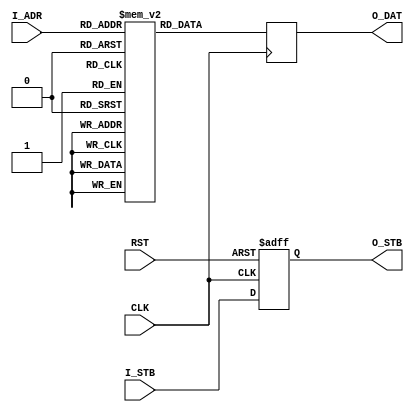
/*
* Copyright 2018-2022 F4PGA Authors
*
* Licensed under the Apache License, Version 2.0 (the "License");
* you may not use this file except in compliance with the License.
* You may obtain a copy of the License at
*
*     http://www.apache.org/licenses/LICENSE-2.0
*
* Unless required by applicable law or agreed to in writing, software
* distributed under the License is distributed on an "AS IS" BASIS,
* WITHOUT WARRANTIES OR CONDITIONS OF ANY KIND, either express or implied.
* See the License for the specific language governing permissions and
* limitations under the License.
*
* SPDX-License-Identifier: Apache-2.0
*/
module rom #
(
parameter  ROM_SIZE_BITS = 9 // Size in 32-bit words
)
(
// Closk & reset
input  wire CLK,
input  wire RST,

// ROM interface
input  wire                     I_STB,
input  wire [ROM_SIZE_BITS-1:0] I_ADR,

output wire         O_STB,
output wire [31:0]  O_DAT
);

// ============================================================================
localparam ROM_SIZE = (1<<ROM_SIZE_BITS);

reg [31:0] rom [0:ROM_SIZE-1];

reg        rom_stb;
reg [31:0] rom_dat;

always @(posedge CLK)
    rom_dat <= rom[I_ADR];

always @(posedge CLK or posedge RST)
    if (RST) rom_stb <= 1'd0;
    else     rom_stb <= I_STB;

assign O_STB = rom_stb;
assign O_DAT = rom_dat;

// ============================================================================

initial begin
    rom['h0000] <= 32'hCE3DCB47;
    rom['h0001] <= 32'h07882CB6;
    rom['h0002] <= 32'h0092A9F4;
    rom['h0003] <= 32'h13B944BD;
    rom['h0004] <= 32'h1DCC3AA1;
    rom['h0005] <= 32'h7CC72FA4;
    rom['h0006] <= 32'h0636E9DF;
    rom['h0007] <= 32'h6099A592;
    rom['h0008] <= 32'h5EB5DA9F;
    rom['h0009] <= 32'hC44C70B0;
    rom['h000A] <= 32'h71FFD8D1;
    rom['h000B] <= 32'h810086EB;
    rom['h000C] <= 32'hCD0C0B22;
    rom['h000D] <= 32'hC94E18C2;
    rom['h000E] <= 32'h80D116A5;
    rom['h000F] <= 32'hD2C5CBAD;
    rom['h0010] <= 32'h93E5714E;
    rom['h0011] <= 32'hC52553A6;
    rom['h0012] <= 32'h5E8B3EE2;
    rom['h0013] <= 32'h1C3ADDB1;
    rom['h0014] <= 32'h45DC4439;
    rom['h0015] <= 32'h1CD7F52E;
    rom['h0016] <= 32'h7133663C;
    rom['h0017] <= 32'hE9EA04E8;
    rom['h0018] <= 32'h7B8F1A56;
    rom['h0019] <= 32'h6C132A71;
    rom['h001A] <= 32'h3F49CC79;
    rom['h001B] <= 32'hF9F38271;
    rom['h001C] <= 32'h1E76856B;
    rom['h001D] <= 32'h3FC69E73;
    rom['h001E] <= 32'h824FE66C;
    rom['h001F] <= 32'h1D30645C;
    rom['h0020] <= 32'hC6040B31;
    rom['h0021] <= 32'h5A7C18BB;
    rom['h0022] <= 32'hBA50B07C;
    rom['h0023] <= 32'hE446BEB1;
    rom['h0024] <= 32'hBAB009EF;
    rom['h0025] <= 32'h2F343A25;
    rom['h0026] <= 32'hB2D25DC9;
    rom['h0027] <= 32'h128D80B8;
    rom['h0028] <= 32'h56AAAFC5;
    rom['h0029] <= 32'h4088AFD4;
    rom['h002A] <= 32'hA2C59FC0;
    rom['h002B] <= 32'h605210E2;
    rom['h002C] <= 32'hBA37B776;
    rom['h002D] <= 32'hF2EE8426;
    rom['h002E] <= 32'hA0C26CBD;
    rom['h002F] <= 32'hEB736308;
    rom['h0030] <= 32'h22A96994;
    rom['h0031] <= 32'hD77C1E20;
    rom['h0032] <= 32'h45D63F30;
    rom['h0033] <= 32'h52B894B2;
    rom['h0034] <= 32'h727120E4;
    rom['h0035] <= 32'h6FF3CC13;
    rom['h0036] <= 32'hDD7ABC25;
    rom['h0037] <= 32'hDC9FEEB2;
    rom['h0038] <= 32'hCE498077;
    rom['h0039] <= 32'h0DD145F9;
    rom['h003A] <= 32'hD7CED8C3;
    rom['h003B] <= 32'hB9E011E4;
    rom['h003C] <= 32'h0C5B69E7;
    rom['h003D] <= 32'h21E6D6A2;
    rom['h003E] <= 32'hFFF0A99B;
    rom['h003F] <= 32'h14069D90;
    rom['h0040] <= 32'h856492B9;
    rom['h0041] <= 32'hC74D2B1E;
    rom['h0042] <= 32'h6CB09264;
    rom['h0043] <= 32'hD7BA7E46;
    rom['h0044] <= 32'h29B2B97F;
    rom['h0045] <= 32'hE311BDA9;
    rom['h0046] <= 32'h134C3C9A;
    rom['h0047] <= 32'hB344D4CC;
    rom['h0048] <= 32'h5E8BF53F;
    rom['h0049] <= 32'hD825CF79;
    rom['h004A] <= 32'h6EAE8AFE;
    rom['h004B] <= 32'hA4ADA03F;
    rom['h004C] <= 32'hB0197C99;
    rom['h004D] <= 32'hC8D5C86E;
    rom['h004E] <= 32'hEF713B63;
    rom['h004F] <= 32'h58BD4976;
    rom['h0050] <= 32'h58E4E2FA;
    rom['h0051] <= 32'hEF87CDA1;
    rom['h0052] <= 32'hC031E109;
    rom['h0053] <= 32'hDF3D9DEB;
    rom['h0054] <= 32'hB6BD710B;
    rom['h0055] <= 32'h08FDC499;
    rom['h0056] <= 32'hC190802C;
    rom['h0057] <= 32'h93013AA8;
    rom['h0058] <= 32'h2387EF90;
    rom['h0059] <= 32'h79E85EED;
    rom['h005A] <= 32'h2DCD394F;
    rom['h005B] <= 32'h38EBC05B;
    rom['h005C] <= 32'h22405C89;
    rom['h005D] <= 32'h71C52D02;
    rom['h005E] <= 32'h7AAAD284;
    rom['h005F] <= 32'h2E94F394;
    rom['h0060] <= 32'h2177192B;
    rom['h0061] <= 32'h5ABF33EE;
    rom['h0062] <= 32'h040596E0;
    rom['h0063] <= 32'h3F3EB2DD;
    rom['h0064] <= 32'hD9E53448;
    rom['h0065] <= 32'h5A4F17D4;
    rom['h0066] <= 32'h99E080EE;
    rom['h0067] <= 32'h03383C42;
    rom['h0068] <= 32'hCAA8C8C2;
    rom['h0069] <= 32'hCA5F7011;
    rom['h006A] <= 32'hA4FBB5AD;
    rom['h006B] <= 32'h50CF592D;
    rom['h006C] <= 32'h551EAEFF;
    rom['h006D] <= 32'h253D6252;
    rom['h006E] <= 32'hEEE469AB;
    rom['h006F] <= 32'h97302B2D;
    rom['h0070] <= 32'h206D4366;
    rom['h0071] <= 32'h4EC577D0;
    rom['h0072] <= 32'h07543E1E;
    rom['h0073] <= 32'h5AE150D1;
    rom['h0074] <= 32'h7573920C;
    rom['h0075] <= 32'h5B0A024A;
    rom['h0076] <= 32'h4AAF463F;
    rom['h0077] <= 32'hEBE34613;
    rom['h0078] <= 32'h62F4366D;
    rom['h0079] <= 32'h4FDC1063;
    rom['h007A] <= 32'hEA997324;
    rom['h007B] <= 32'h2F1EAE8A;
    rom['h007C] <= 32'hEC9BA9DE;
    rom['h007D] <= 32'h23591D5D;
    rom['h007E] <= 32'hD03B2C9B;
    rom['h007F] <= 32'h45C58E1C;
    rom['h0080] <= 32'hC7BE6DC3;
    rom['h0081] <= 32'h95E40CE3;
    rom['h0082] <= 32'hC5D5DB86;
    rom['h0083] <= 32'hA0CEB58D;
    rom['h0084] <= 32'h9E4AFBD1;
    rom['h0085] <= 32'hCFF63CF3;
    rom['h0086] <= 32'hF7A864C0;
    rom['h0087] <= 32'h4A9AE1E3;
    rom['h0088] <= 32'h182A6B1C;
    rom['h0089] <= 32'h4E9CE824;
    rom['h008A] <= 32'hEE86BF61;
    rom['h008B] <= 32'h0B37373A;
    rom['h008C] <= 32'h6418596B;
    rom['h008D] <= 32'hE29A44DA;
    rom['h008E] <= 32'hF6B42967;
    rom['h008F] <= 32'hB9D9C0AD;
    rom['h0090] <= 32'h6B5CE3A8;
    rom['h0091] <= 32'h6CBCB764;
    rom['h0092] <= 32'hA57EB261;
    rom['h0093] <= 32'h5470230A;
    rom['h0094] <= 32'hF8216CE6;
    rom['h0095] <= 32'hA150950D;
    rom['h0096] <= 32'h6FC5CA08;
    rom['h0097] <= 32'h26193C52;
    rom['h0098] <= 32'h84E1D60D;
    rom['h0099] <= 32'hF33E868D;
    rom['h009A] <= 32'h44E668DD;
    rom['h009B] <= 32'h8430441F;
    rom['h009C] <= 32'hC221DEE0;
    rom['h009D] <= 32'h4552E4B6;
    rom['h009E] <= 32'hBE9A17FE;
    rom['h009F] <= 32'hCE04CB35;
    rom['h00A0] <= 32'h873B9726;
    rom['h00A1] <= 32'hCBD67AF7;
    rom['h00A2] <= 32'hD2A10712;
    rom['h00A3] <= 32'hA2F35436;
    rom['h00A4] <= 32'h08D9BC9D;
    rom['h00A5] <= 32'hBBC3558E;
    rom['h00A6] <= 32'h1CE34C1B;
    rom['h00A7] <= 32'h29D81B92;
    rom['h00A8] <= 32'h59D1F498;
    rom['h00A9] <= 32'hCEC87CD3;
    rom['h00AA] <= 32'hA278DE7F;
    rom['h00AB] <= 32'hC2DA00E3;
    rom['h00AC] <= 32'hF8D4809B;
    rom['h00AD] <= 32'h2586F469;
    rom['h00AE] <= 32'hE5D9A78F;
    rom['h00AF] <= 32'h96818BC3;
    rom['h00B0] <= 32'hD3B98A4D;
    rom['h00B1] <= 32'h1F5D6347;
    rom['h00B2] <= 32'h1D041420;
    rom['h00B3] <= 32'hD7FE7946;
    rom['h00B4] <= 32'hD8723B6D;
    rom['h00B5] <= 32'h70E870EB;
    rom['h00B6] <= 32'h6E49EBBF;
    rom['h00B7] <= 32'hD98EB8A3;
    rom['h00B8] <= 32'h5D52BF45;
    rom['h00B9] <= 32'h386C9C06;
    rom['h00BA] <= 32'hA85CCB3C;
    rom['h00BB] <= 32'hF6369A32;
    rom['h00BC] <= 32'h7F51C734;
    rom['h00BD] <= 32'h5B309426;
    rom['h00BE] <= 32'hD43F05CA;
    rom['h00BF] <= 32'h04CF148C;
    rom['h00C0] <= 32'h07770DC4;
    rom['h00C1] <= 32'h6487AC39;
    rom['h00C2] <= 32'h4AEE4BF9;
    rom['h00C3] <= 32'h672580D4;
    rom['h00C4] <= 32'hF360804B;
    rom['h00C5] <= 32'hC5C7915B;
    rom['h00C6] <= 32'h45925C06;
    rom['h00C7] <= 32'h1D52F1F4;
    rom['h00C8] <= 32'h3AA9B53A;
    rom['h00C9] <= 32'hBC478FD6;
    rom['h00CA] <= 32'hA294E876;
    rom['h00CB] <= 32'h8A878DA7;
    rom['h00CC] <= 32'hC28EB186;
    rom['h00CD] <= 32'h19A88DA1;
    rom['h00CE] <= 32'h61C5122A;
    rom['h00CF] <= 32'h74E48D70;
    rom['h00D0] <= 32'hA7057D26;
    rom['h00D1] <= 32'hBA1A9FB7;
    rom['h00D2] <= 32'h661571B0;
    rom['h00D3] <= 32'hE92234B4;
    rom['h00D4] <= 32'h71FDF1D6;
    rom['h00D5] <= 32'hFDCE1E6F;
    rom['h00D6] <= 32'h63D340B2;
    rom['h00D7] <= 32'h6C2C52DC;
    rom['h00D8] <= 32'hFEE754A9;
    rom['h00D9] <= 32'h363229E4;
    rom['h00DA] <= 32'h37A7DF2B;
    rom['h00DB] <= 32'h9E54829D;
    rom['h00DC] <= 32'h8CED1324;
    rom['h00DD] <= 32'h845FEC8D;
    rom['h00DE] <= 32'hD1A8EDBF;
    rom['h00DF] <= 32'hDBF3CCB3;
    rom['h00E0] <= 32'hB387ACD2;
    rom['h00E1] <= 32'h4329D4C6;
    rom['h00E2] <= 32'h56CFB38A;
    rom['h00E3] <= 32'hBEEE4323;
    rom['h00E4] <= 32'hC6BF02FD;
    rom['h00E5] <= 32'hFB518C7F;
    rom['h00E6] <= 32'hE8D4CA92;
    rom['h00E7] <= 32'h4FA664CA;
    rom['h00E8] <= 32'h8617993C;
    rom['h00E9] <= 32'hBE35A2BD;
    rom['h00EA] <= 32'hBAF88C40;
    rom['h00EB] <= 32'h97281344;
    rom['h00EC] <= 32'hF4FC0857;
    rom['h00ED] <= 32'h18502BB5;
    rom['h00EE] <= 32'h802CF03E;
    rom['h00EF] <= 32'hCE0F60C7;
    rom['h00F0] <= 32'h23075872;
    rom['h00F1] <= 32'hFBD5EC33;
    rom['h00F2] <= 32'hC8642089;
    rom['h00F3] <= 32'hD6E69334;
    rom['h00F4] <= 32'h3089A6D1;
    rom['h00F5] <= 32'h743B3678;
    rom['h00F6] <= 32'h58DF6E7D;
    rom['h00F7] <= 32'h67932CEC;
    rom['h00F8] <= 32'h39D6A5E7;
    rom['h00F9] <= 32'h68BCC94C;
    rom['h00FA] <= 32'h6CE374CF;
    rom['h00FB] <= 32'h9E4C3229;
    rom['h00FC] <= 32'h8DF4F042;
    rom['h00FD] <= 32'h2AD69C1D;
    rom['h00FE] <= 32'h8E060C4D;
    rom['h00FF] <= 32'h531BA19B;
    rom['h0100] <= 32'h2C232DA6;
    rom['h0101] <= 32'hFD393EF6;
    rom['h0102] <= 32'h5A593FA8;
    rom['h0103] <= 32'hE4F7F59F;
    rom['h0104] <= 32'hC1FDD9D2;
    rom['h0105] <= 32'h854AB286;
    rom['h0106] <= 32'hA6C6D37F;
    rom['h0107] <= 32'h2B681256;
    rom['h0108] <= 32'h1AC19A1B;
    rom['h0109] <= 32'h2090DCB3;
    rom['h010A] <= 32'hF8D91B09;
    rom['h010B] <= 32'hD880646F;
    rom['h010C] <= 32'hFA0E8F96;
    rom['h010D] <= 32'h887BC762;
    rom['h010E] <= 32'hBA3E8829;
    rom['h010F] <= 32'h80E2E59F;
    rom['h0110] <= 32'h6479E7E1;
    rom['h0111] <= 32'hD378D2CC;
    rom['h0112] <= 32'h41EDCA0F;
    rom['h0113] <= 32'hE0EF7454;
    rom['h0114] <= 32'h46EF2A92;
    rom['h0115] <= 32'h2967F591;
    rom['h0116] <= 32'hAB7CC627;
    rom['h0117] <= 32'h44C393EE;
    rom['h0118] <= 32'h6BC3962B;
    rom['h0119] <= 32'h24D6979D;
    rom['h011A] <= 32'h1E5573D7;
    rom['h011B] <= 32'h58B432FB;
    rom['h011C] <= 32'hFFCA748C;
    rom['h011D] <= 32'h3E54DAE1;
    rom['h011E] <= 32'h59F26B16;
    rom['h011F] <= 32'h9D322226;
    rom['h0120] <= 32'h5A8A1580;
    rom['h0121] <= 32'h493E4392;
    rom['h0122] <= 32'h3E8C743C;
    rom['h0123] <= 32'hFF90AFBD;
    rom['h0124] <= 32'h02FA0B20;
    rom['h0125] <= 32'h2F704D81;
    rom['h0126] <= 32'h05345A6E;
    rom['h0127] <= 32'hC004DAAC;
    rom['h0128] <= 32'h6F616D41;
    rom['h0129] <= 32'h6A6AE1DE;
    rom['h012A] <= 32'h21D4D696;
    rom['h012B] <= 32'h335B758D;
    rom['h012C] <= 32'h6C403126;
    rom['h012D] <= 32'hD76C936A;
    rom['h012E] <= 32'hEC23F0AD;
    rom['h012F] <= 32'h4DEFAFE1;
    rom['h0130] <= 32'h12021810;
    rom['h0131] <= 32'h9783D7A1;
    rom['h0132] <= 32'h1C9DE2F3;
    rom['h0133] <= 32'h5163CE8F;
    rom['h0134] <= 32'h3EDCF679;
    rom['h0135] <= 32'hBA61AA67;
    rom['h0136] <= 32'hE0E56699;
    rom['h0137] <= 32'h32CA0251;
    rom['h0138] <= 32'hE885EE13;
    rom['h0139] <= 32'hA02B7920;
    rom['h013A] <= 32'h5D171E66;
    rom['h013B] <= 32'h62249DE5;
    rom['h013C] <= 32'h10B37D3E;
    rom['h013D] <= 32'hC16F999D;
    rom['h013E] <= 32'h5DCE4224;
    rom['h013F] <= 32'h116E50EE;
    rom['h0140] <= 32'h750E1469;
    rom['h0141] <= 32'h841D7210;
    rom['h0142] <= 32'h69E94EF6;
    rom['h0143] <= 32'h430097F3;
    rom['h0144] <= 32'h0C251ECB;
    rom['h0145] <= 32'h54FA0AAB;
    rom['h0146] <= 32'hAF6A4A2B;
    rom['h0147] <= 32'h4732EE08;
    rom['h0148] <= 32'hDFB70C84;
    rom['h0149] <= 32'hF678B7F4;
    rom['h014A] <= 32'h22398E8B;
    rom['h014B] <= 32'h8293F3AC;
    rom['h014C] <= 32'hE5126CF0;
    rom['h014D] <= 32'h5461908A;
    rom['h014E] <= 32'hE8CE9A5B;
    rom['h014F] <= 32'h3AA4A61C;
    rom['h0150] <= 32'h8569FAC1;
    rom['h0151] <= 32'h805EC1DD;
    rom['h0152] <= 32'hC0296B45;
    rom['h0153] <= 32'hD5C0118F;
    rom['h0154] <= 32'h2E9A01C2;
    rom['h0155] <= 32'h28BBDB89;
    rom['h0156] <= 32'h5F106BB8;
    rom['h0157] <= 32'hA9AE4FB3;
    rom['h0158] <= 32'h524DA1BB;
    rom['h0159] <= 32'hC85290E5;
    rom['h015A] <= 32'h54DFEB8A;
    rom['h015B] <= 32'hE28A9534;
    rom['h015C] <= 32'hB0939277;
    rom['h015D] <= 32'h7CAC0A9D;
    rom['h015E] <= 32'h5917EF1A;
    rom['h015F] <= 32'h7CB7AF1A;
    rom['h0160] <= 32'hB309B216;
    rom['h0161] <= 32'h21F5E298;
    rom['h0162] <= 32'h20813D01;
    rom['h0163] <= 32'h0BD6DC34;
    rom['h0164] <= 32'h99240415;
    rom['h0165] <= 32'h25DDD774;
    rom['h0166] <= 32'h46E1ACFC;
    rom['h0167] <= 32'h8FBCA374;
    rom['h0168] <= 32'h696A3614;
    rom['h0169] <= 32'h04369408;
    rom['h016A] <= 32'hD590938A;
    rom['h016B] <= 32'hE8870309;
    rom['h016C] <= 32'h56FE3302;
    rom['h016D] <= 32'h7447D185;
    rom['h016E] <= 32'h4A4A8D14;
    rom['h016F] <= 32'h9B2B9E0A;
    rom['h0170] <= 32'h319043B1;
    rom['h0171] <= 32'h1FE49809;
    rom['h0172] <= 32'hB0986251;
    rom['h0173] <= 32'h614295A4;
    rom['h0174] <= 32'hFEF4E58E;
    rom['h0175] <= 32'h7A652AB4;
    rom['h0176] <= 32'h16B4146D;
    rom['h0177] <= 32'hBBD18584;
    rom['h0178] <= 32'h198110DE;
    rom['h0179] <= 32'hC1205688;
    rom['h017A] <= 32'h9C754251;
    rom['h017B] <= 32'hC0BCD250;
    rom['h017C] <= 32'h1B539EFE;
    rom['h017D] <= 32'hA1308AC1;
    rom['h017E] <= 32'hB7B34739;
    rom['h017F] <= 32'h5B57B460;
    rom['h0180] <= 32'h138C5660;
    rom['h0181] <= 32'h8EE1AEB5;
    rom['h0182] <= 32'h1729F2E3;
    rom['h0183] <= 32'h498A2CA5;
    rom['h0184] <= 32'h6B52F2E6;
    rom['h0185] <= 32'h89EA9495;
    rom['h0186] <= 32'hD11F5317;
    rom['h0187] <= 32'hD5939D1A;
    rom['h0188] <= 32'h29498922;
    rom['h0189] <= 32'h191292DD;
    rom['h018A] <= 32'h5B88F597;
    rom['h018B] <= 32'hF9A021F8;
    rom['h018C] <= 32'h512F04EB;
    rom['h018D] <= 32'h46DD4314;
    rom['h018E] <= 32'h6DB4C1EB;
    rom['h018F] <= 32'hDCDE0A69;
    rom['h0190] <= 32'h8A869518;
    rom['h0191] <= 32'hA5C17D5C;
    rom['h0192] <= 32'hF8E1D019;
    rom['h0193] <= 32'h7AAA674A;
    rom['h0194] <= 32'h001EC536;
    rom['h0195] <= 32'hD25BD990;
    rom['h0196] <= 32'h253A5C41;
    rom['h0197] <= 32'h1605B875;
    rom['h0198] <= 32'h71DFE26B;
    rom['h0199] <= 32'h53623575;
    rom['h019A] <= 32'h16FCA7AD;
    rom['h019B] <= 32'h21205616;
    rom['h019C] <= 32'hD74A549F;
    rom['h019D] <= 32'hFCF6B455;
    rom['h019E] <= 32'h783707C9;
    rom['h019F] <= 32'h0DEAD982;
    rom['h01A0] <= 32'h33225255;
    rom['h01A1] <= 32'hA20730D0;
    rom['h01A2] <= 32'h9A2F8C56;
    rom['h01A3] <= 32'h8FF84A51;
    rom['h01A4] <= 32'hE5280633;
    rom['h01A5] <= 32'h5D3E6639;
    rom['h01A6] <= 32'hE266415B;
    rom['h01A7] <= 32'h150AD73C;
    rom['h01A8] <= 32'hADE62A56;
    rom['h01A9] <= 32'hDEFC1F4A;
    rom['h01AA] <= 32'hB435C4A5;
    rom['h01AB] <= 32'hE940284E;
    rom['h01AC] <= 32'h81FAB8B7;
    rom['h01AD] <= 32'hD61DBFAA;
    rom['h01AE] <= 32'h83C6D67F;
    rom['h01AF] <= 32'h0A1D9F5A;
    rom['h01B0] <= 32'h041A166B;
    rom['h01B1] <= 32'hFB91F7B6;
    rom['h01B2] <= 32'h9F2A2582;
    rom['h01B3] <= 32'h08526B70;
    rom['h01B4] <= 32'hD1D2688F;
    rom['h01B5] <= 32'h08AEFBA2;
    rom['h01B6] <= 32'hC5E85B03;
    rom['h01B7] <= 32'hB031A4B6;
    rom['h01B8] <= 32'h7FB82350;
    rom['h01B9] <= 32'h098A0389;
    rom['h01BA] <= 32'hFE83316D;
    rom['h01BB] <= 32'hBB599E02;
    rom['h01BC] <= 32'hC60EC016;
    rom['h01BD] <= 32'h3BAE5990;
    rom['h01BE] <= 32'h6F27D89B;
    rom['h01BF] <= 32'h40177883;
    rom['h01C0] <= 32'hDB20243C;
    rom['h01C1] <= 32'hDFDD35D3;
    rom['h01C2] <= 32'h7A7D5C29;
    rom['h01C3] <= 32'h387A982E;
    rom['h01C4] <= 32'h5CE1CEC0;
    rom['h01C5] <= 32'h1CFB05B0;
    rom['h01C6] <= 32'h24B17A27;
    rom['h01C7] <= 32'hE25F60FB;
    rom['h01C8] <= 32'hFBC45447;
    rom['h01C9] <= 32'hBEE39FEA;
    rom['h01CA] <= 32'h43E8E52A;
    rom['h01CB] <= 32'h11DBA99D;
    rom['h01CC] <= 32'h8060557D;
    rom['h01CD] <= 32'hC55BFCF1;
    rom['h01CE] <= 32'h67F5E020;
    rom['h01CF] <= 32'hF6151B9F;
    rom['h01D0] <= 32'h46431432;
    rom['h01D1] <= 32'h9FB9250B;
    rom['h01D2] <= 32'h37EFFC6D;
    rom['h01D3] <= 32'h50D50D53;
    rom['h01D4] <= 32'h5AA2EFDB;
    rom['h01D5] <= 32'hA8C7D02C;
    rom['h01D6] <= 32'h4BE4A212;
    rom['h01D7] <= 32'h61148629;
    rom['h01D8] <= 32'hDA924F9F;
    rom['h01D9] <= 32'h1FFD9B2C;
    rom['h01DA] <= 32'h67BCCE90;
    rom['h01DB] <= 32'h3AFE1FC8;
    rom['h01DC] <= 32'h880240A5;
    rom['h01DD] <= 32'hF526105C;
    rom['h01DE] <= 32'hD814F010;
    rom['h01DF] <= 32'h7029F6D7;
    rom['h01E0] <= 32'h3E876907;
    rom['h01E1] <= 32'h90EE5C39;
    rom['h01E2] <= 32'hA471D493;
    rom['h01E3] <= 32'h59AA5D96;
    rom['h01E4] <= 32'hE4730A4C;
    rom['h01E5] <= 32'h8F4C1ECC;
    rom['h01E6] <= 32'hCBC1F037;
    rom['h01E7] <= 32'h4C31F794;
    rom['h01E8] <= 32'h4006C022;
    rom['h01E9] <= 32'hCB8FACC8;
    rom['h01EA] <= 32'h5F2DDF5C;
    rom['h01EB] <= 32'h2B01C202;
    rom['h01EC] <= 32'h5FB7F7AC;
    rom['h01ED] <= 32'h5AB08D0A;
    rom['h01EE] <= 32'hEDA78EE3;
    rom['h01EF] <= 32'hFF16F393;
    rom['h01F0] <= 32'h3E93657C;
    rom['h01F1] <= 32'hE91F147D;
    rom['h01F2] <= 32'h4FF16B58;
    rom['h01F3] <= 32'h9B3ABDA8;
    rom['h01F4] <= 32'h8ED4333C;
    rom['h01F5] <= 32'h003D520D;
    rom['h01F6] <= 32'h362B91D8;
    rom['h01F7] <= 32'h6658FB47;
    rom['h01F8] <= 32'h0D494FD5;
    rom['h01F9] <= 32'hDFEB255F;
    rom['h01FA] <= 32'hD43B4DC0;
    rom['h01FB] <= 32'hF7DF64EA;
    rom['h01FC] <= 32'h6D6E427B;
    rom['h01FD] <= 32'h05DFDE94;
    rom['h01FE] <= 32'h940BE15C;
    rom['h01FF] <= 32'h5A98F7F1;

end

// ============================================================================

endmodule